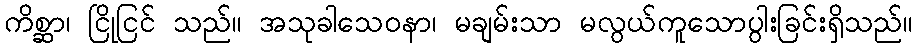
ကိစ္ဆာ၊ ငြိုငြင် သည်။ အသုခါသေဝနာ၊ မချမ်းသာ မလွယ်ကူသောပွါးခြင်းရှိသည်။